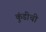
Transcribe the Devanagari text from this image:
कुंडीची